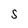
Character: S